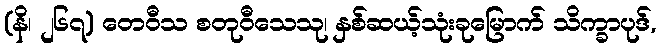
(နိ၊ ၂၆၇) တေဝီသ စတုဝီသေသု၊ နှစ်ဆယ့်သုံးခုမြောက် သိက္ခာပုဒ်,